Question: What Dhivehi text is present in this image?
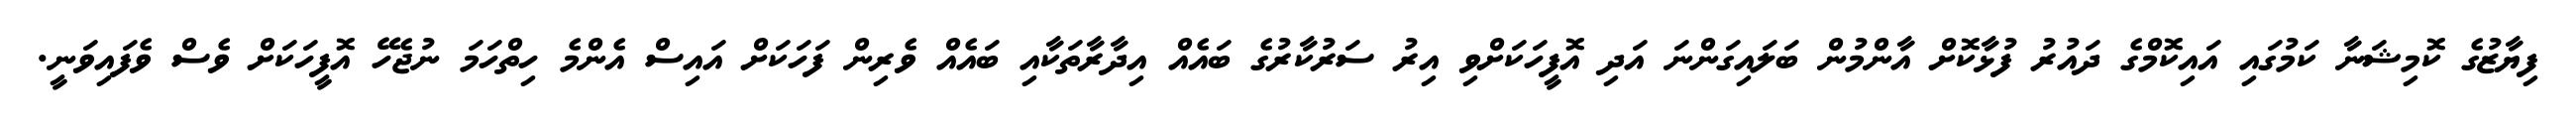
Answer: ފިޔާޒުގެ ކޮމިޝަނާ ކަމުގައި އައިކޮމްގެ ދައުރު ފުޅާކޮށް އާންމުން ބަލައިގަންނަ އަދި އޮފީހަކަށްވި އިރު ސަރުކާރުގެ ބައެއް އިދާރާތަކާއި ބައެއް ވެރިން ފަހަކަށް އައިސް އެންމެ ހިތްހަމަ ނުޖެހޭ އޮފީހަކަށް ވެސް ވެފައިވަނީ.